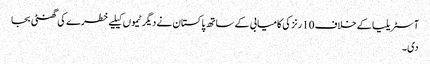
آسٹریلیا کے خلاف 10 رنز کی کامیابی کے ساتھ پاکستان نے دیگر ٹیموں کیلیے خطرے کی گھنٹی بجا
دی۔